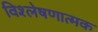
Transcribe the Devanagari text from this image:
विश्‍लेषणात्मक